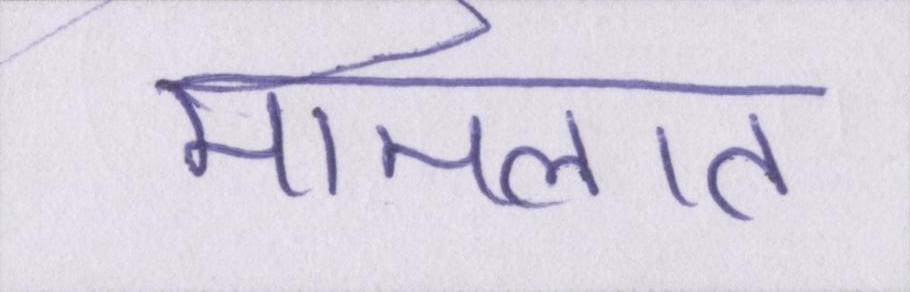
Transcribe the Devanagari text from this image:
मामलात